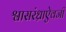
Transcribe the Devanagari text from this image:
श्वासरंध्राऐवजी